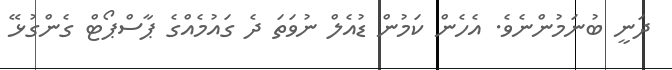
ދަނީ ބުނަމުންނެވެ. އެހެން ކަމުން ޑުއެލް ނުވަތަ ދެ ގައުމެއްގެ ޕާސްޕޯޓް ގެންގުޅޭ